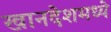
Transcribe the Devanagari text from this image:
खानदेशमध्ये